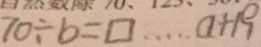
7 0 \div b = \square \cdots a + 1 9